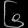
Digit: ၆